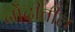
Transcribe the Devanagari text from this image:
नोंदींतील